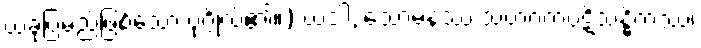
ယခုပြမည်ဖြစ်သော ပုဂ္ဂိုလ်၏။) ယဒါ, သောမနဿ သဟဂတပဋိသန္ဓိကဿ၊